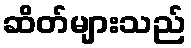
ဆိတ်များသည်